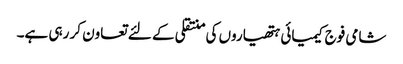
شامی فوج کیمیائی ہتھیاروں کی منتقلی کے لئے تعاون کر رہی ہے۔